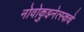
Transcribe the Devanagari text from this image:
नोवोकुझ्नेत्स्कचे